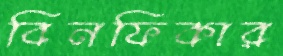
বিনফিকার